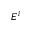
E ^ { i }